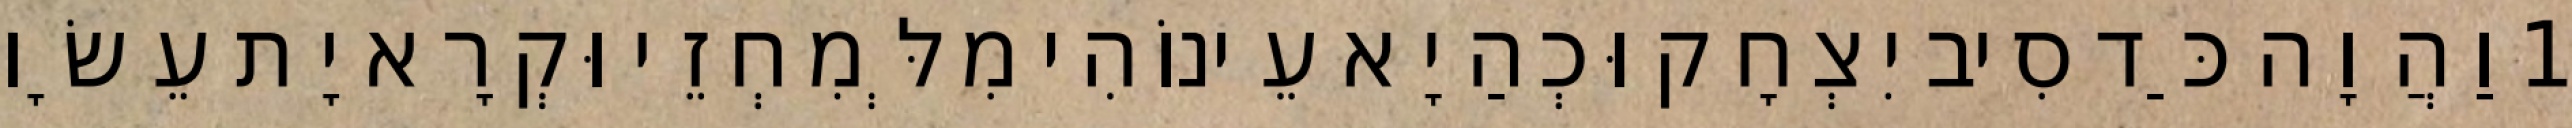
1 וַהֲוָה כַּד סִיב יִצְחָק וּכְהַיָא עֵינוֹהִי מִלְּמִחְזֵי וּקְרָא יָת עֵשָׂו